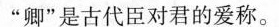
”卿”是古代臣对君的爱称。